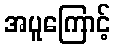
အပူကြောင့်